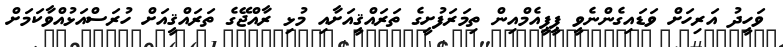
ވަހީދު އަރިހަށް ވަޑައިގެންނެވީ ޕީޕީއެމްއިން ތިމަރަފުށީގެ ތަރައްޤީއަށާއި މުޅި ރާއްޖޭގެ ތަރައްޤީއަށް ހުރަސްއަޅުއްވާކަމަށް